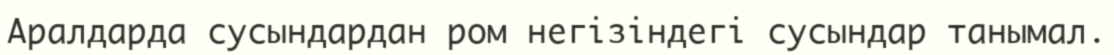
Аралдарда сусындардан ром негізіндегі сусындар танымал.